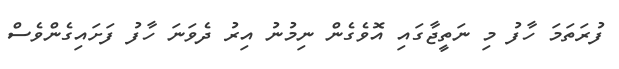
ފުރަތަމަ ހާފު މި ނަތީޖާގައި އޮވެގެން ނިމުނު އިރު ދެވަނަ ހާފު ފަށައިގެންވެސް